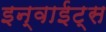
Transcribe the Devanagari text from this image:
इन्वाईट्स